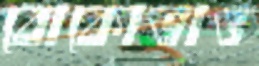
বোকোভাও